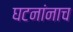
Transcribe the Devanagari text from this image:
घटनांनाच